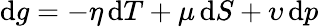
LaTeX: \mathrm{d}g=-\eta\, \mathrm{d}T+\mu\, \mathrm{d}S+\upsilon\, \mathrm{d}p